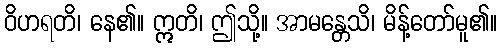
ဝိဟရတိ၊ နေ၏။ ဣတိ၊ ဤသို့။ အာမန္တေသိ၊ မိန့်တော်မူ၏။